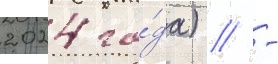
2024 го́да) // -